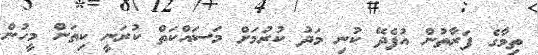
ތިމާގެ ފަރާތުން އުފެދޭ ކުނި މަދު ކުރުމަށް މަސައްކަތް ކުރަނީ ކިތަން މީހުން